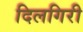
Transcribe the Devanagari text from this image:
दिलगिरी